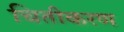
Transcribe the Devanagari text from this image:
चितीकरण